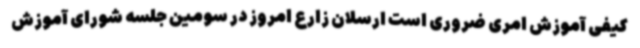
کیفی آموزش امری ضروری است ارسلان زارع امروز در سومین جلسه شورای آموزش